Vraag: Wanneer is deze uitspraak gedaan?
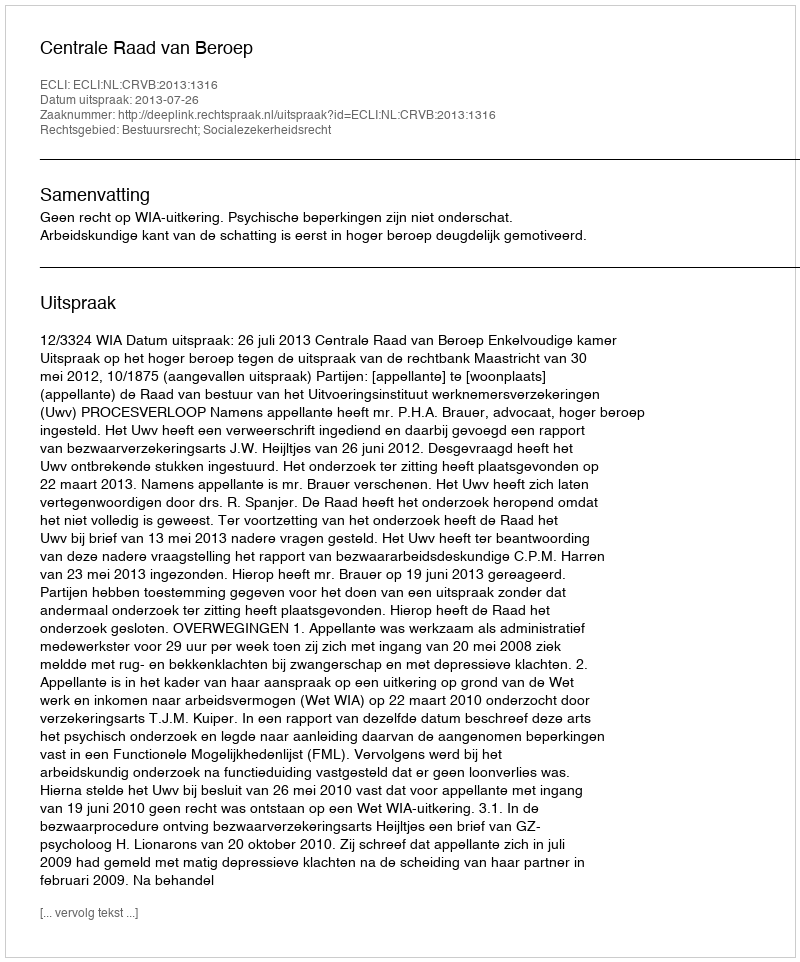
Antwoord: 2013-07-26